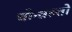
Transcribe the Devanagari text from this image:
चोन्त्रल्तो